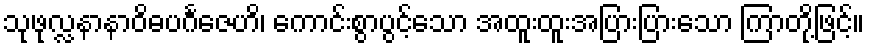
သုဖုလ္လနာနာဝိဓပင်္ဂဇေဟိ၊ ကောင်းစွာပွင့်သော အထူးထူးအပြားပြားသော ကြာတို့ဖြင့်။